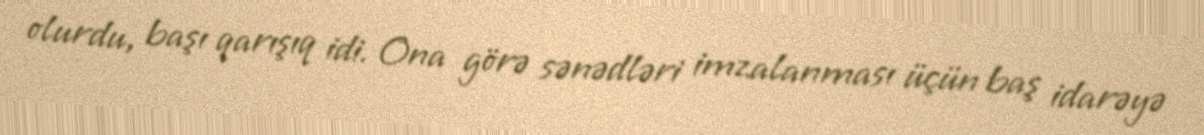
olurdu, başı qarışıq idi. Ona görə sənədləri imzalanması üçün baş idarəyə